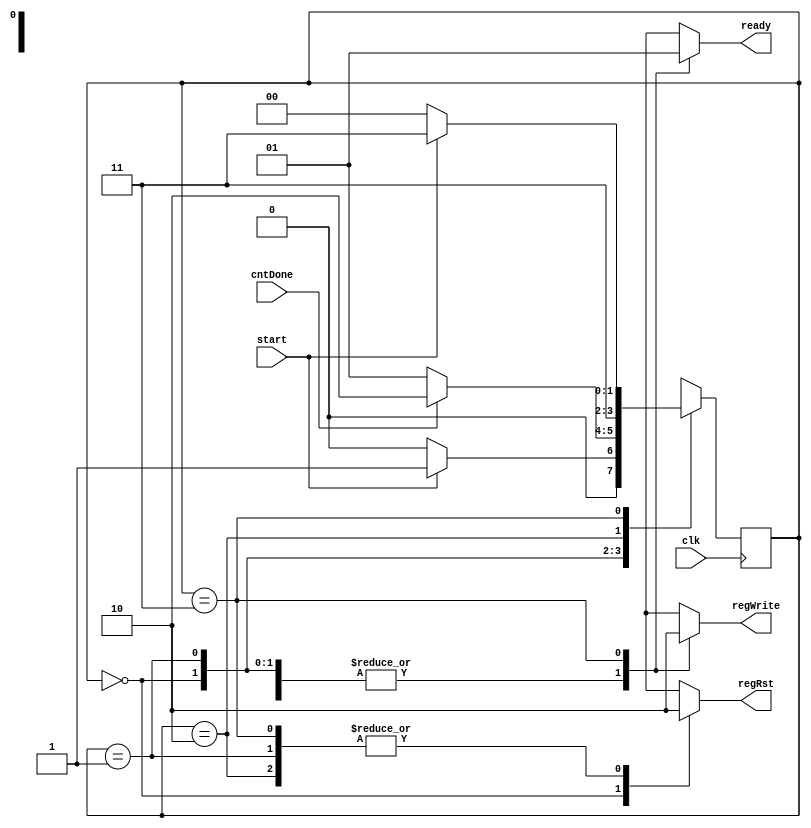
module controllerFSM(input clk, start, cntDone, output reg regWrite, ready, regRst);
        reg[1:0] nstate, pstate;
	parameter [1:0] S0 = 2'b00, S1 = 2'b01, S2 = 2'b10, S3 = 2'b11;
	
	always@(pstate, start, cntDone) begin
		nstate = 2'b00;
		regWrite = 1;
		regRst = 1;
		ready = 0;
		case(pstate)
			S0: if(start) begin nstate = S1; ready = 0; regWrite = 1; regRst = 1; end
			else begin nstate = S0; ready = 0; regWrite = 1; regRst = 1; end
			S1 : if(cntDone) begin nstate = S2; ready = 0; regWrite = 1; regRst = 0; end
			else begin nstate = S1; ready = 0; regWrite = 1; regRst = 0; end
			S2 : begin nstate = S3; ready = 0; regWrite = 1; regRst = 0; end
			S3 : if(start) begin nstate = S3; ready = 1; regWrite = 0; regRst = 0; end
			else begin nstate = S0; regWrite = 0; ready = 1; regRst = 0; end
		endcase
	end

	always@(posedge clk) begin
		pstate <= nstate;
	end
endmodule